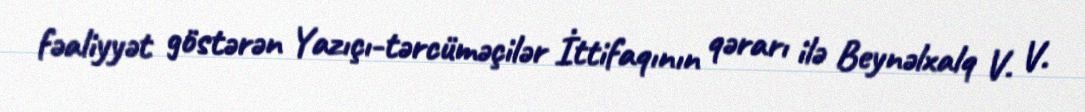
fəaliyyət göstərən Yazıçı-tərcüməçilər İttifaqının qərarı ilə Beynəlxalq V. V.